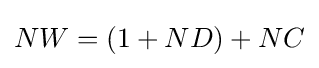
NW=(1+ND)+NC